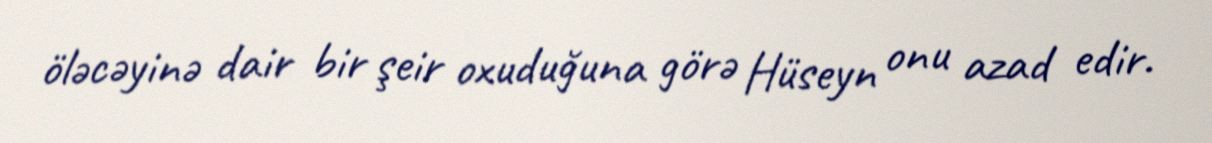
öləcəyinə dair bir şeir oxuduğuna görə Hüseyn onu azad edir.